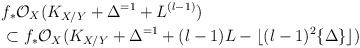
LaTeX: \begin{align*}&f_*\mathcal O_X(K_{X/Y}+\Delta^{=1}+L^{(l-1)})\\ &\subset f_*\mathcal O_X(K_{X/Y}+\Delta^{=1}+(l-1)L-\lfloor (l-1)^2\{\Delta\}\rfloor)\end{align*}